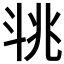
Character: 𣁶